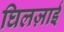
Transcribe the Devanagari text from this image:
घिलज़ाई